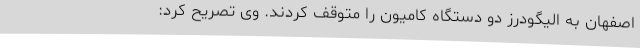
اصفهان به الیگودرز دو دستگاه کامیون را متوقف کردند. وی تصریح کرد: